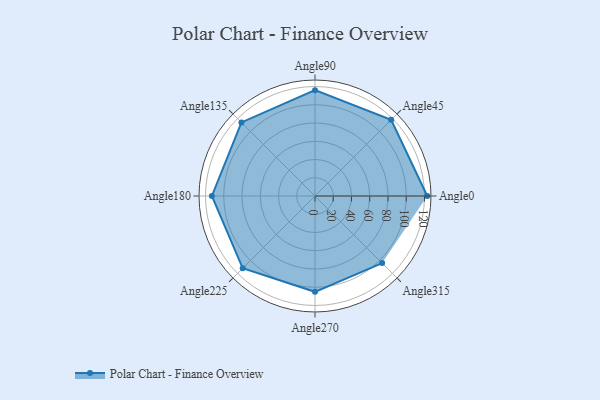
{"axis": {"x": "Angle", "y": "Radius"}, "legend": [""], "data": [{"x": "Angle0", "y": 123.0, "type": ""}, {"x": "Angle45", "y": 118.0, "type": ""}, {"x": "Angle90", "y": 116.0, "type": ""}, {"x": "Angle135", "y": 114.0, "type": ""}, {"x": "Angle180", "y": 113.0, "type": ""}, {"x": "Angle225", "y": 112.0, "type": ""}, {"x": "Angle270", "y": 105.0, "type": ""}, {"x": "Angle315", "y": 104.0, "type": ""}]}